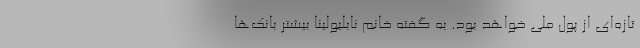
تازه‌ای از پول ملی خواهد بود. به گفته خانم نابلیولینا بیشتر بانک‌ها